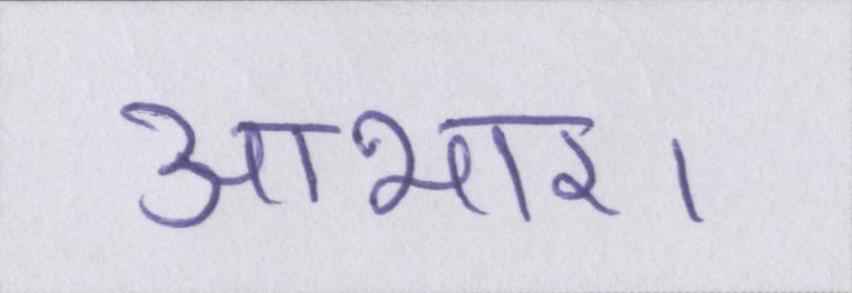
आभार।